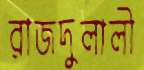
রাজদুলালী